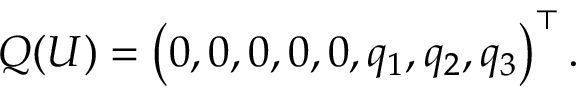
\begin{array} { r } { Q ( U ) = \left( 0 , 0 , 0 , 0 , 0 , q _ { 1 } , q _ { 2 } , q _ { 3 } \right) ^ { \top } . } \end{array}